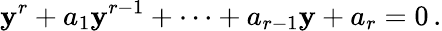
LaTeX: \mathbf{y}^{r}+a_{1}\mathbf{y}^{r-1}+\cdots+a_{r-1}\mathbf{y}+a_{r}=0\, .